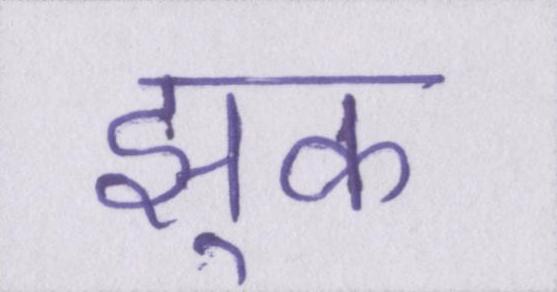
झुक